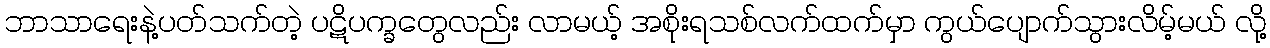
ဘာသာရေးနဲ့ပတ်သက်တဲ့ ပဋိပက္ခတွေလည်း လာမယ့် အစိုးရသစ်လက်ထက်မှာ ကွယ်ပျောက်သွားလိမ့်မယ် လို့